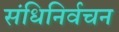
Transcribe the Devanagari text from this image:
संधिनिर्वचन